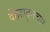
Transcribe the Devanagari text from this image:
देहरादूनच्या